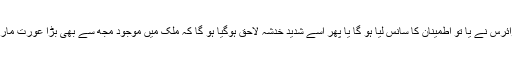
اس خطاب کی رقت انگیزی دیکھ کر کرونا وائرس نے یا تو اطمینان کا سانس لیا ہو گا یا پھر اسے شدید خدشہ لاحق ہوگیا ہو گا کہ ملک میں موجود مجھ سے بھی بڑا عورت مارچ نامی خطرہ کہیں مجھے لاحق نہ ہو جائے۔